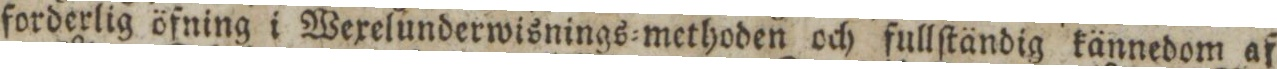
forderlig öfning i Wexelunderwisnings=methoden och fullſtändig kännedom af